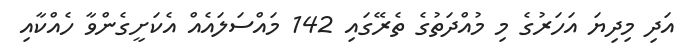
އަދި މިދިޔަ އަހަރުގެ މި މުއްދަތުގެ ތެރޭގައި 142 މައްސަލައެއް އެކަށީގެންވާ ހެއްކާއި